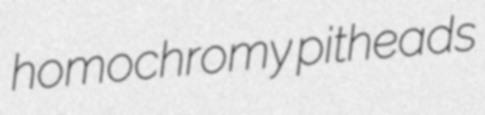
homochromy pitheads